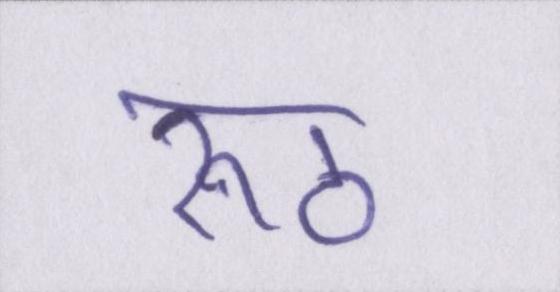
रूठ